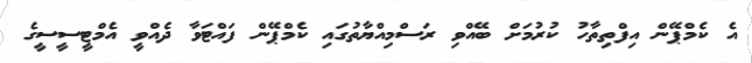
އެ ކެމްޕޭން އިފްތިތާހު ކުރުމަށް ބޭއްވި ރަސްމިއްޔާތުގައި ކެމްޕޭން ފައްޓަވާ ދެއްވީ އެމްޓީސީސީގެ